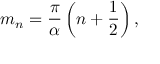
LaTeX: m _ { n } = \frac { \pi } { \alpha } \left( n + \frac { 1 } { 2 } \right) ,